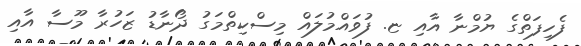
ފެހިފަތްގެ ޔުމްނާ އާއި ޏ. ފުވައްމުލައް މިސްކިތްމަގު ދޯނާޑު ޒަހުރާ މޫސާ އާއި